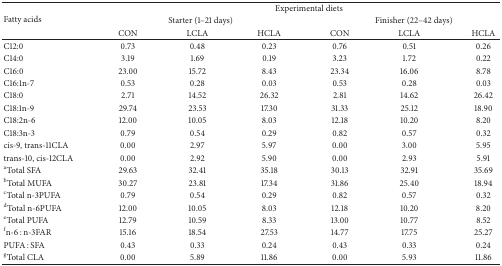
| <ROWSPAN=3> Fatty acids | <COLSPAN=6> Experimental diets |
 | <COLSPAN=3> Starter (1–21 days) | <COLSPAN=3> Finisher (22–42 days) |
 | CON | LCLA | HCLA | CON | LCLA | HCLA |
 | --- | --- | --- | --- | --- | --- | --- |
 | C12:0 | 0.73 | 0.48 | 0.23 | 0.76 | 0.51 | 0.26 |
 | C14:0 | 3.19 | 1.69 | 0.19 | 3.23 | 1.72 | 0.22 |
 | C16:0 | 23.00 | 15.72 | 8.43 | 23.34 | 16.06 | 8.78 |
 | C16:1n-7 | 0.53 | 0.28 | 0.03 | 0.53 | 0.28 | 0.03 |
 | C18:0 | 2.71 | 14.52 | 26.32 | 2.81 | 14.62 | 26.42 |
 | C18:1n-9 | 29.74 | 23.53 | 17.30 | 31.33 | 25.12 | 18.90 |
 | C18:2n-6 | 12.00 | 10.05 | 8.03 | 12.18 | 10.20 | 8.20 |
 | C18:3n-3 | 0.79 | 0.54 | 0.29 | 0.82 | 0.57 | 0.32 |
 | cis-9, trans-11CLA | 0.00 | 2.97 | 5.97 | 0.00 | 3.00 | 5.95 |
 | trans-10, cis-12CLA | 0.00 | 2.92 | 5.90 | 0.00 | 2.93 | 5.91 |
 | aTotal SFA | 29.63 | 32.41 | 35.18 | 30.13 | 32.91 | 35.69 |
 | bTotal MUFA | 30.27 | 23.81 | 17.34 | 31.86 | 25.40 | 18.94 |
 | cTotal n-3PUFA | 0.79 | 0.54 | 0.29 | 0.82 | 0.57 | 0.32 |
 | dTotal n-6PUFA | 12.00 | 10.05 | 8.03 | 12.18 | 10.20 | 8.20 |
 | eTotal PUFA | 12.79 | 10.59 | 8.33 | 13.00 | 10.77 | 8.52 |
 | fn-6 : n-3FAR | 15.16 | 18.54 | 27.53 | 14.77 | 17.75 | 25.27 |
 | PUFA : SFA | 0.43 | 0.33 | 0.24 | 0.43 | 0.33 | 0.24 |
 | gTotal CLA | 0.00 | 5.89 | 11.86 | 0.00 | 5.93 | 11.86 |